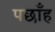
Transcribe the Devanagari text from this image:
पछाँह